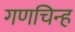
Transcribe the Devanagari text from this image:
गणचिन्ह